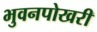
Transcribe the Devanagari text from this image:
भुवनपोखरी